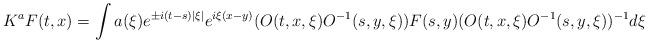
LaTeX: \begin{align*}K^aF(t,x) = \int a(\xi) e^{\pm i(t-s)|\xi|} e^{i \xi(x-y)}(O(t,x,\xi)O^{-1}(s,y,\xi)) F(s,y) (O(t,x,\xi) O^{-1}(s,y,\xi))^{-1} d\xi\end{align*}